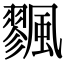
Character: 𩘷